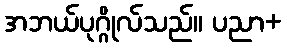
အဘယ်ပုဂ္ဂိုလ်သည်။ ပညာ+